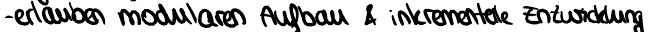
- erlauben modularen Aufbau & inkrementelle Entwicklung